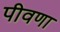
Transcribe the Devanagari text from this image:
पीवणा